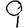
Digit: 9